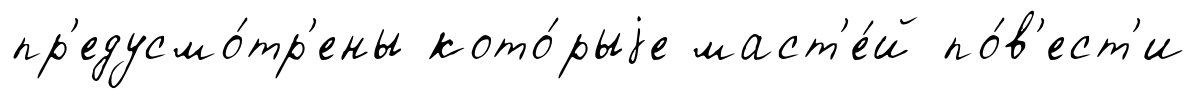
пр'едусмо́тр'ены кото́рыjе маст'е́й по́в'ест'и